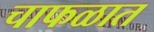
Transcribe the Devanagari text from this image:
चाफळात